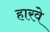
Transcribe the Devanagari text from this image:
हारवे